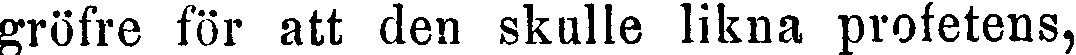
gröfre för att den skulle likna profetens,